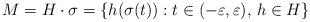
LaTeX: \begin{align*}M=H\cdot \sigma = \{h(\sigma(t)): t\in(-\varepsilon, \varepsilon), \, h\in H\}\end{align*}